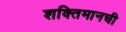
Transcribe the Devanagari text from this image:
शक्तिमानची